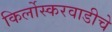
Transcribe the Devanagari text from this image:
किर्लोस्करवाडीचे